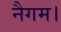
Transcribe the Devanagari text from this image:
नैगम।